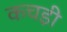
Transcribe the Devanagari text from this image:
कचड़ी